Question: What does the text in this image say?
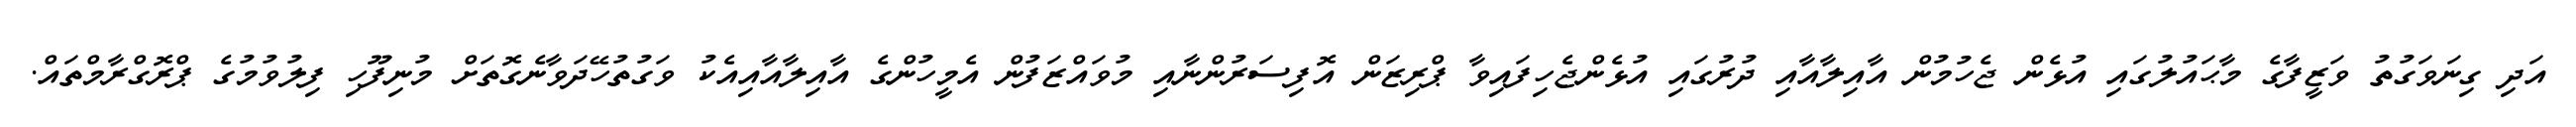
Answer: އަދި ގިނަވަގުތު ވަޒީފާގެ މާޙައުލުގައި އުޅެން ޖެހުމުން އާއިލާއާއި ދުރުގައި އުޅެންޖެހިފައިވާ ޕްރިޒަން އޮފިސަރުންނާއި މުވައްޒަފުން އެމީހުންގެ އާއިލާއާއިއެކު ވަގުތުހޭދަވާނެގޮތަށް މުނިފޫހި ފިލުވުމުގެ ޕްރޮގްރާމްތައް.